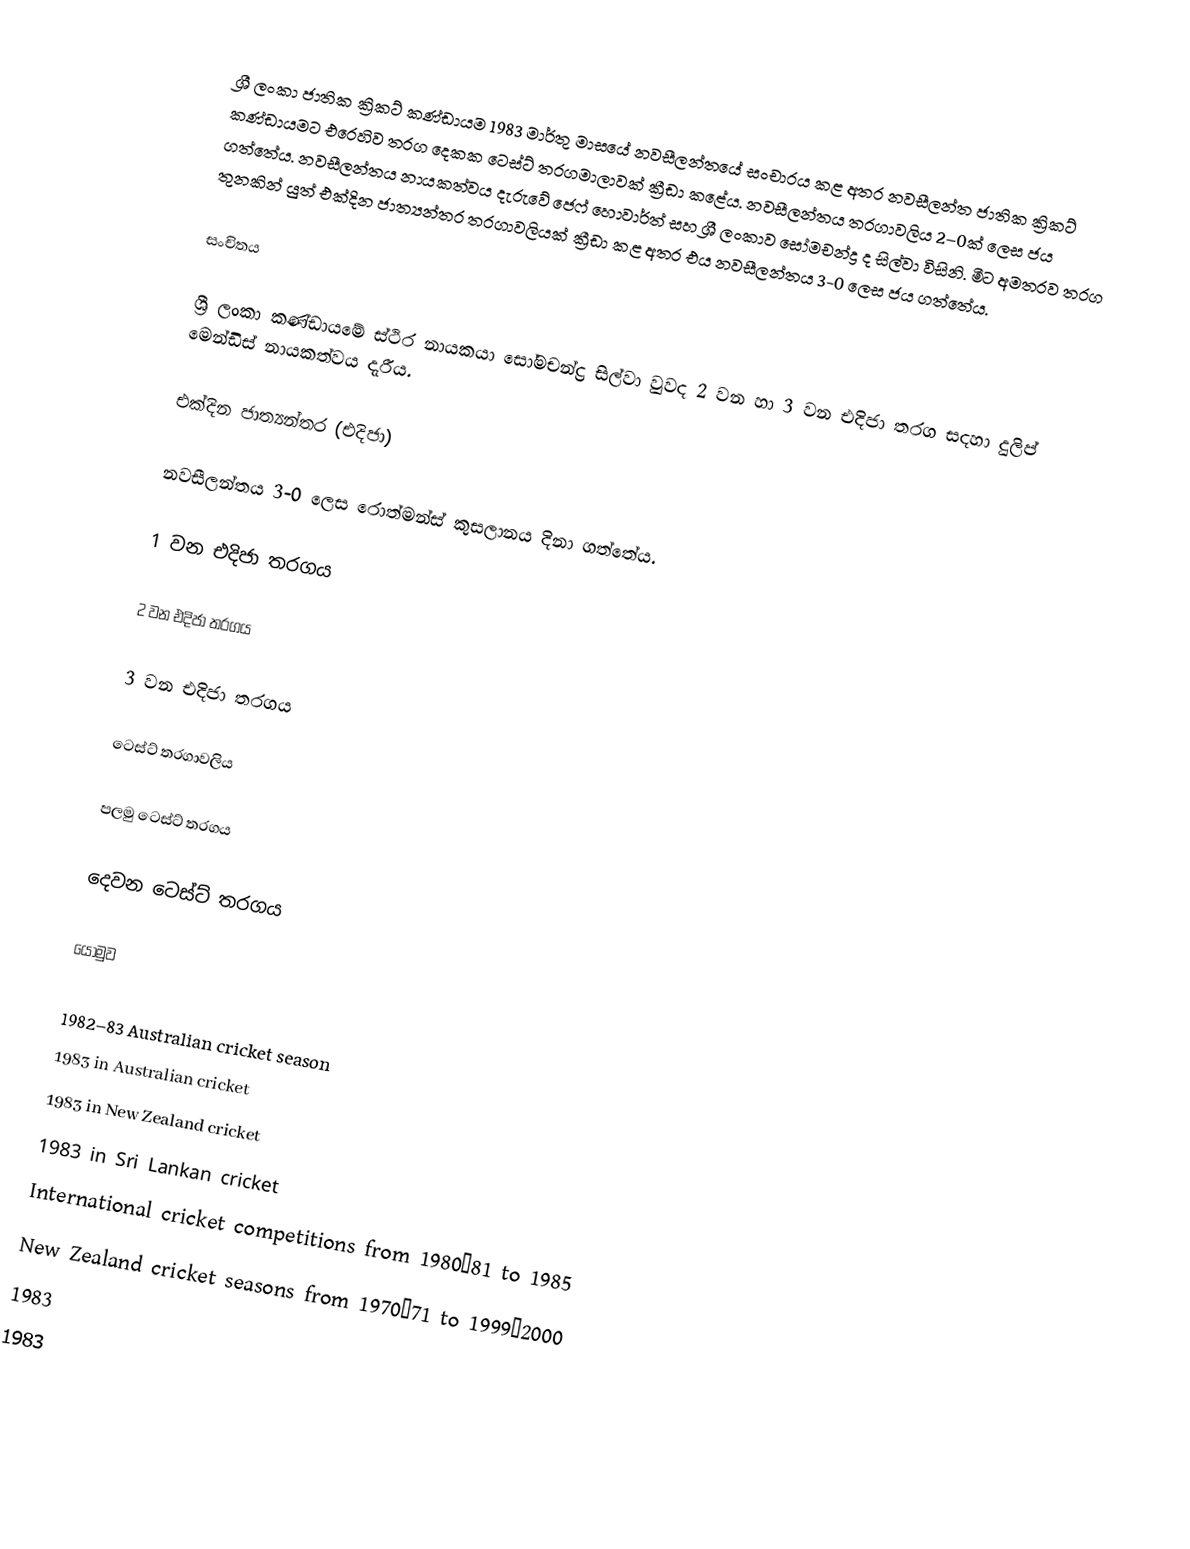
ශ්‍රී ලංකා ජාතික ක්‍රිකට් කණ්ඩායම 1983 මාර්තු මාසයේ නවසීලන්තයේ සංචාරය කළ අතර නවසීලන්ත ජාතික ක්‍රිකට් කණ්ඩායමට එරෙහිව තරග දෙකක ටෙස්ට් තරගමාලාවක් ක්‍රීඩා කළේය. නවසීලන්තය තරගාවලිය 2–0ක් ලෙස ජය ගත්තේය. නවසීලන්තය නායකත්වය දැරුවේ ජෙෆ් හොවාර්ත් සහ ශ්‍රී ලංකාව සෝමචන්ද්‍ර ද සිල්වා විසිනි. මීට අමතරව තරග තුනකින් යුත් එක්දින ජාත්‍යන්තර තරගාවලියක් ක්‍රීඩා කළ අතර එය නවසීලන්තය 3-0 ලෙස ජය ගත්තේය.

සංචිතය

ශ්‍රී ලංකා කණ්ඩායමේ ස්ථිර නායකයා සෝමචන්ද්‍ර සිල්වා වුවද 2 වන හා 3 වන එදිජා තරග සදහා දුලිප් මෙන්ඩිස් නායකත්වය දැරීය.

එක්දින ජාත්‍යන්තර (එදිජා)

නවසීලන්තය 3-0 ලෙස රොත්මන්ස් කුසලානය දිනා ගත්තේය.

1 වන එදිජා තරගය

2 වන එදිජා තරගය

3 වන එදිජා තරගය

ටෙස්ට් තරගාවලිය

පලමු ටෙස්ට් තරගය

දෙවන ටෙස්ට් තරගය

යොමුව

1982–83 Australian cricket season
1983 in Australian cricket
1983 in New Zealand cricket
1983 in Sri Lankan cricket
International cricket competitions from 1980–81 to 1985
New Zealand cricket seasons from 1970–71 to 1999–2000
1983
1983